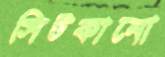
সিটকানো